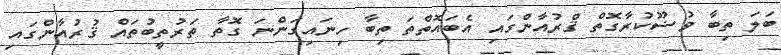
ބަލަ ތިބާ ވުޟޫކުރާގޮތް ޤްރުއާންގައި އެބައޮތްތަ ތިބާ ހިނައިގަންނަ ގޮތާ ތަރުތީބުތައް ޤުރުއާންގައި